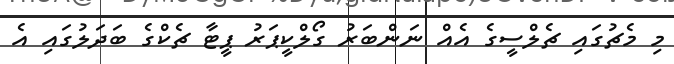
މި މެޗުގައި ޗެލްސީގެ އެއް ނަންބަރު ގޯލްކީޕަރު ޕީޓާ ޗެކްގެ ބަދަލުގައި އެ